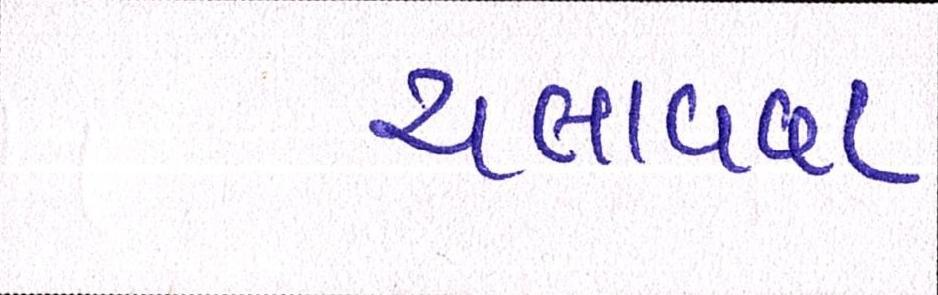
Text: ચલાવવા